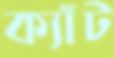
ক্যাঁট